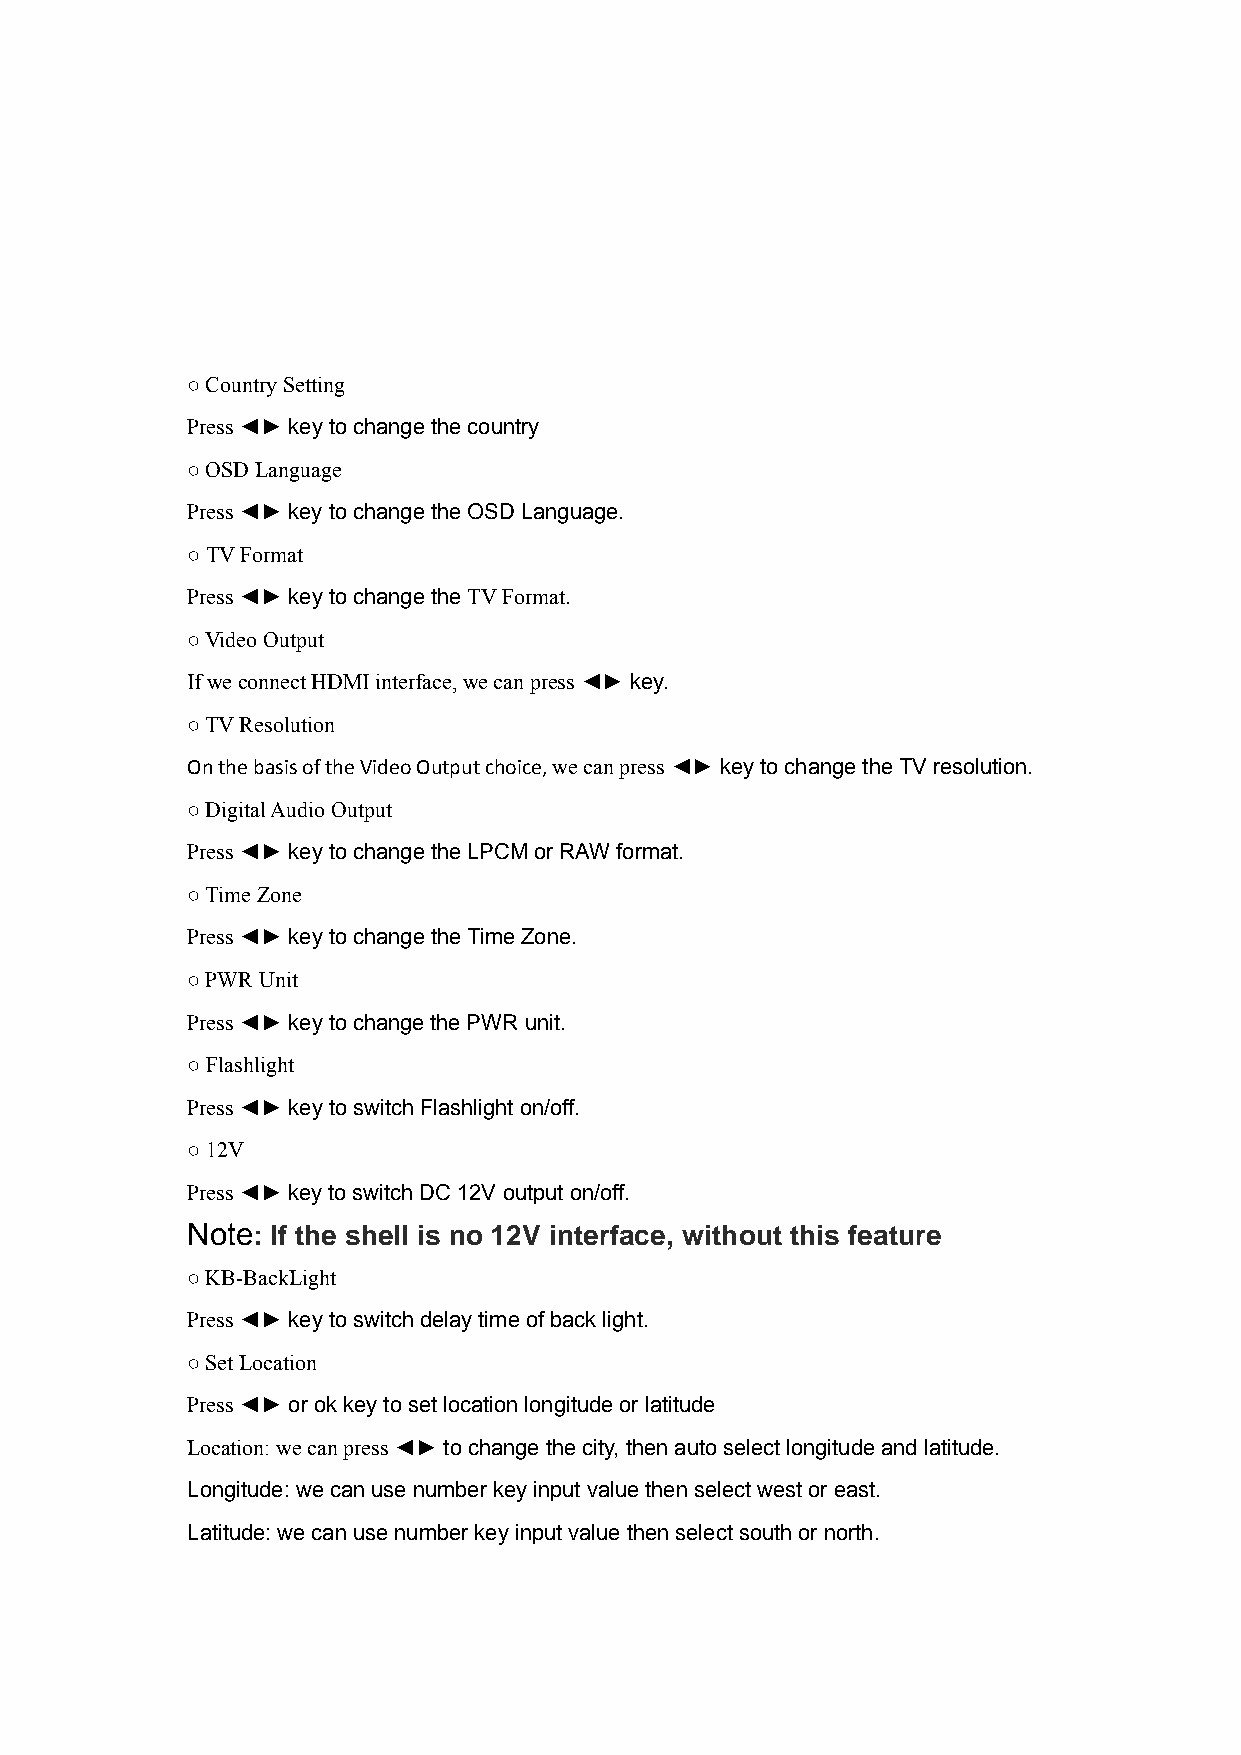
○ Country Setting
 Press ◄► key to change the country
 ○ OSD Language
 Press ◄► key to change the OSD Language.
 ○ TV Format
 Press ◄► key to change the TV Format.
 ○ Video Output
 If we connect HDMI interface, we can press ◄► key.
 ○ TV Resolution
 On the basis of the Video Output choice, we can press ◄► key to change the TV resolution.
 ○ Digital Audio Output
 Press ◄► key to change the LPCM or RAW format.
 ○ Time Zone
 Press ◄► key to change the Time Zone.
 ○ PWR Unit
 Press ◄► key to change the PWR unit.
 ○ Flashlight
 Press ◄► key to switch Flashlight on/off.
 ○ 12V
 Press ◄► key to switch DC 12V output on/off.
 Note: If the shell is no 12V interface, without this feature
 ○ KB-BackLight
 Press ◄► key to switch delay time of back light.
 ○ Set Location
 Press ◄► or ok key to set location longitude or latitude
 Location: we can press ◄► to change the city, then auto select longitude and latitude.
 Longitude: we can use number key input value then select west or east.
 Latitude: we can use number key input value then select south or north.